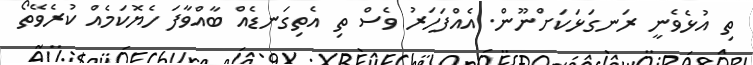
ތި އުޅެވެނީ ރަނގަޅަކަށްނޫން. އެއްފަހަރު ވެސް ތި އެތިގަނޑެއް ބާއްވާފަ ހެޔޮކަމެއް ކުރެވޭތޯ